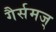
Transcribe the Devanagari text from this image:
गैर्समज्